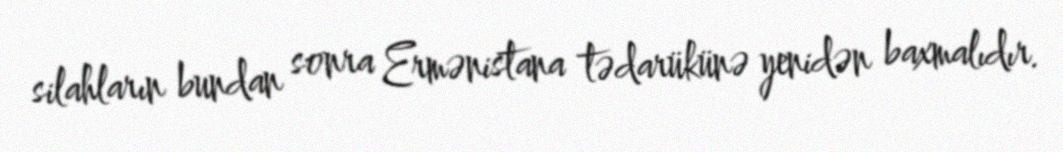
silahların bundan sonra Ermənistana tədarükünə yenidən baxmalıdır.